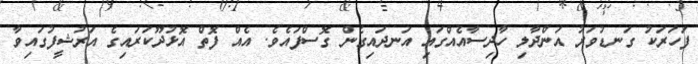
ފަހަރަކު ގަނޑުވަރު އަންދާލި ހާދިސާއެއްގައި އަނދައިގެން ގޮސްފައެވެ. އެއް ފޮތް އޮޅުދޫކަރައިގެ އަރުޝީފުގައިވާ